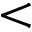
<